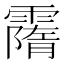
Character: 𩅡